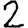
Digit: 2